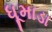
ધૂમાડા